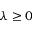
\lambda \geq 0